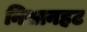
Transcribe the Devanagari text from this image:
निसानहट